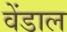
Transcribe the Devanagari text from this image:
वेंडाल